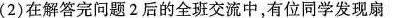
(2)在解答完问题2后的全班交流中，有位同学发现扇